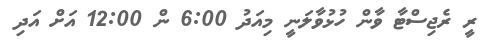
ރީ ރެޖިސްޓާ ވާން ހުޅުވާލަނީ މިއަދު 6:00 ން 12:00 އަށް އަދި